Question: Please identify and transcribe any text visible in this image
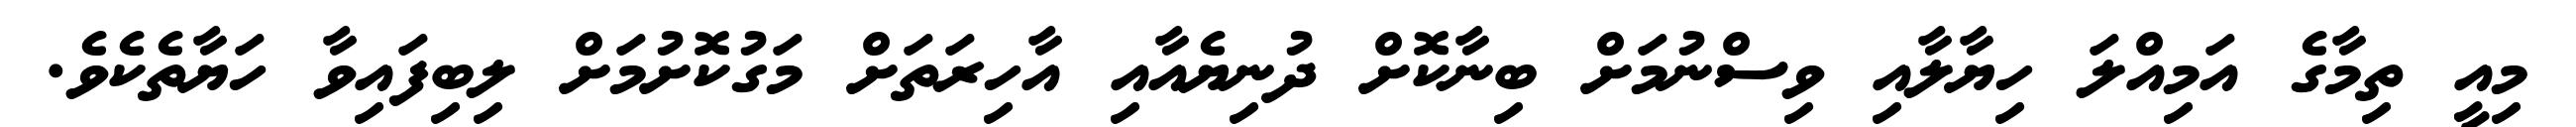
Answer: މިއީ ތިމާގެ އަމިއްލަ ހިޔާލާއި ވިސްނުމަށް ބިނާކޮށް ދުނިޔެއާއި އާހިރަތަށް މަގުކޮށުމަށް ލިބިފައިވާ ހަޔާތެކެވެ.